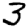
Digit: 3